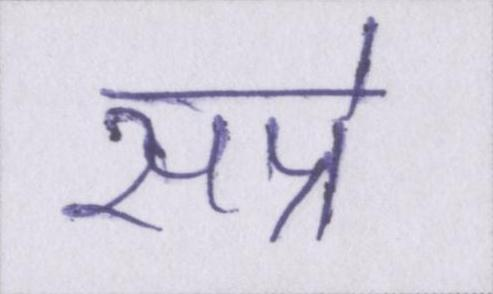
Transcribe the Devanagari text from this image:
सप्रे